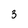
Character: 3